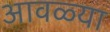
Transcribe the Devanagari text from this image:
आवळ्या